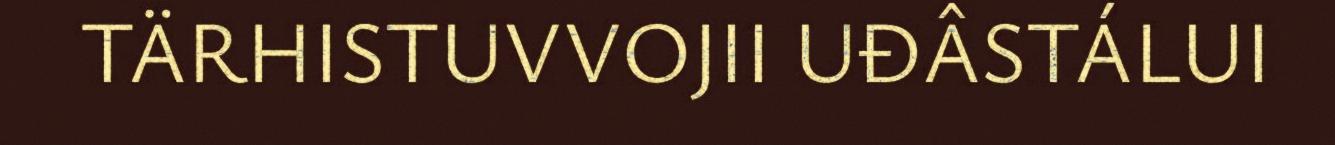
TÄRHISTUVVOJII UĐÂSTÁLUI